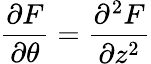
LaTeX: \frac{\partial F}{\partial\theta}=\frac{\partial^{2}F}{\partial z^{2}}